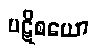
ပဋိစယော